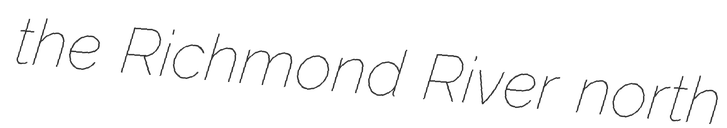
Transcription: the Richmond River north